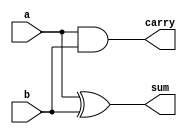
/********************************************************************************************

Copyright 2018-2019 - Maven Silicon Softech Pvt Ltd. All Rights Reserved.

This source code is an unpublished work belongs to Maven Silicon Softech Pvt Ltd.
It is considered a trade secret and is not to be divulged or used by parties who 
have not received written authorization from Maven Silicon Softech Pvt Ltd.

Maven Silicon Softech Pvt Ltd
Bangalore - 560076

Webpage: www.maven-silicon.com

Filename:	half_adder.v   

Description:	Half adder design 

Date:		01/05/2018

Author:		Maven Silicon

Email:		online@maven-silicon.com

Version:	1.0

*********************************************************************************************/

module half_adder(a,
                  b,
                  sum,
                  carry);
  input  a,
         b;
  output sum,
         carry;

  assign sum = a ^ b;
  assign carry = a & b;

endmodule